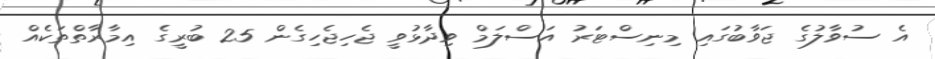
އެ ސުވާލުގެ ޖަވާބުގައި މިނިސްޓަރު އަސްލަމް ވިދާޅުވީ ޖެހިޖެހިގެން 25 ބުރީގެ އިމާރާތްތަކެއް